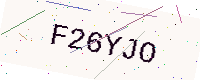
Text: F26YJO